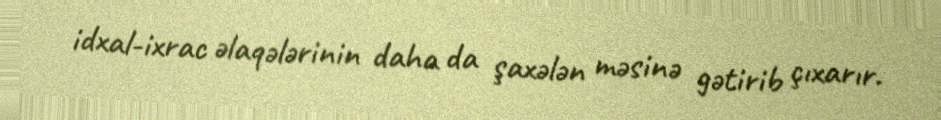
idxal-ixrac əlaqələrinin daha da şaxələn məsinə gətirib çıxarır.